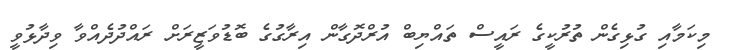
މިކަމާއި ގުޅިގެން ތުރުކީގެ ރައީސް ތައްޔިބް އުރްދޮގާން އިރާގުގެ ބޮޑުވަޒީރަށް ރައްދުދެއްވާ ވިދާޅުވީ